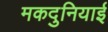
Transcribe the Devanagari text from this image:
मकदुनियाई